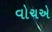
વોચએ